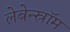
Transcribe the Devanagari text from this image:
लेबेन्स्रॉम